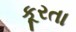
કૂરતા